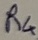
Text: R4